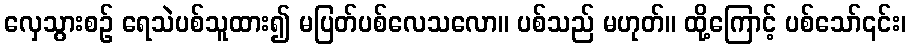
လှေသွားစဉ် ရေသဲပစ်သူထား၍ မပြတ်ပစ်လေသလော။ ပစ်သည် မဟုတ်။ ထို့ကြောင့် ပစ်သော်၎င်း၊